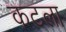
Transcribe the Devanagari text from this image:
कटला